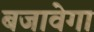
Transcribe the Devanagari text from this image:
बजावेगा